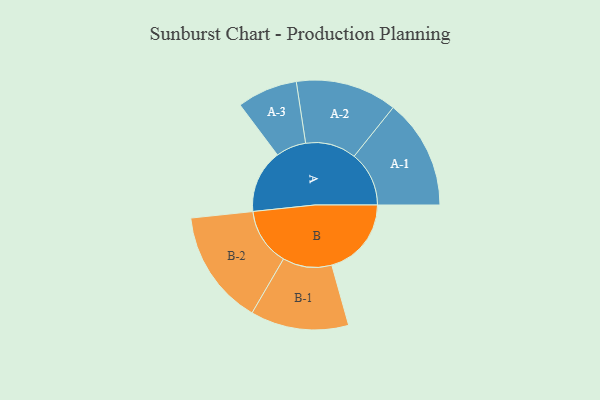
{"axis": {"x": "Segment", "y": "Value"}, "legend": ["", "A", "B"], "data": [{"x": "A", "y": 241, "type": ""}, {"x": "B", "y": 303, "type": ""}, {"x": "A-1", "y": 209, "type": "A"}, {"x": "A-2", "y": 193, "type": "A"}, {"x": "A-3", "y": 115, "type": "A"}, {"x": "B-1", "y": 187, "type": "B"}, {"x": "B-2", "y": 219, "type": "B"}]}